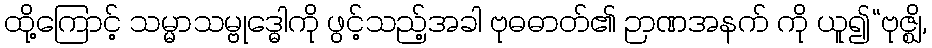
ထို့ကြောင့် သမ္မာသမ္ဗုဒ္ဓေါကို ဖွင့်သည့်အခါ ဗုဓဓာတ်၏ ဉာဏအနက် ကို ယူ၍“ဗုဇ္ဈိ,